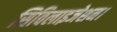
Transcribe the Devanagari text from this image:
सिविलाइजेशन।